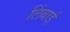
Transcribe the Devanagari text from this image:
लिंबाई